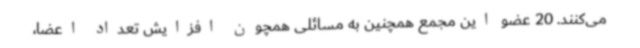
می‌کنند. 20 عضو این مجمع همچنین به مسائلی همچون افزایش تعداد اعضا،